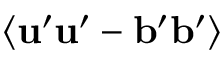
\langle { { \bf { u } } ^ { \prime } { \bf { u } } ^ { \prime } - { \bf { b } } ^ { \prime } { \bf { b } } ^ { \prime } } \rangle